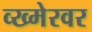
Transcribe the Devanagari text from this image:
व्ख्मेरवर